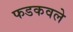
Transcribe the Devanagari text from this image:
फडकवले